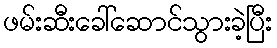
ဖမ်းဆီးခေါ်ဆောင်သွားခဲ့ပြီး